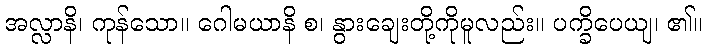
အလ္လာနိ၊ ကုန်သော။ ဂေါမယာနိ စ၊ နွားချေးတို့ကိုမူလည်း။ ပက္ခိပေယျ၊ ၏။